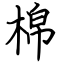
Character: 棉